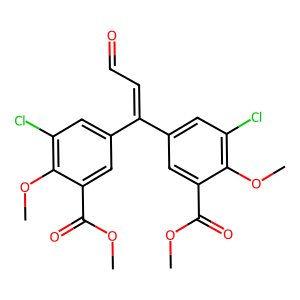
SMILES: COC(=O)c1cc(C(=CC=O)c2cc(Cl)c(OC)c(C(=O)OC)c2)cc(Cl)c1OC
Inhibits HIV replication: No